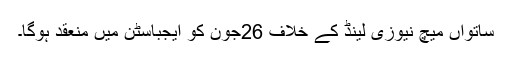
ساتواں میچ نیوزی لینڈ کے خلاف 26جون کو ایجباسٹن میں منعقد ہوگا۔